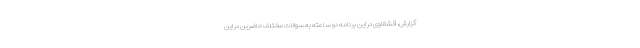
گزارش، قشقاوی در این برنامه دو ساعته به سوالات مختلف حاضرین در این